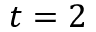
t = 2